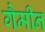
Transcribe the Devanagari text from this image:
गैमीन